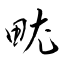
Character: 畩